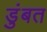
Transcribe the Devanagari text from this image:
डुंबत